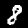
Label: 8